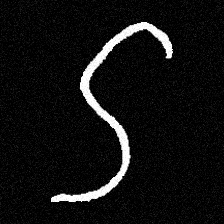
Pyu character \u2014 Myanmar letter: ဌ (romanized: ttha)